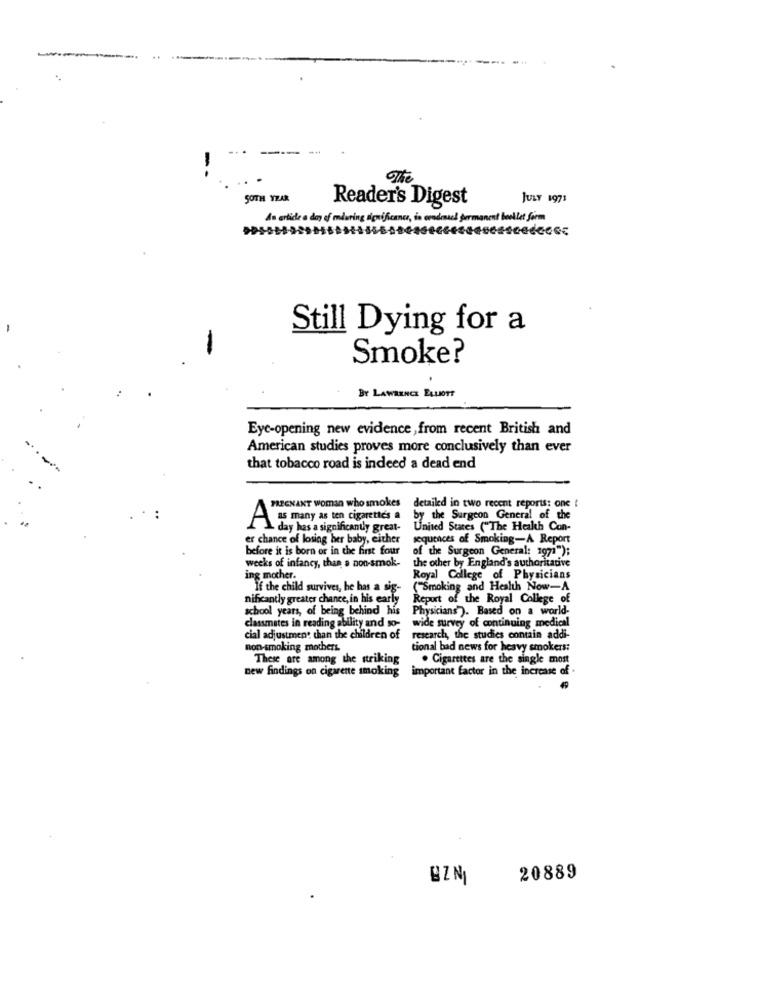
-
SOTH YEAR
Reader's Digest
JULY 1971
An article a den of miuring significance, in erodessel permanent booklet form
Still Dying for a
Smoke?
BY LAWRENCE ELLIOTT
Eye-opening new evidence , from recent British and
American studies proves more conclusively than ever
that tobacco road is indeed a dead end
PREGNANT woman who smokes
detailed in two recent reports: one
by the Surgeon General of the
As many as ten cigarettes a
- day has a significantly great-
United States ("The Health Con-
er chance of losing her baby, either
sequences of Smoking-A Report
before it is born or in the first four
of the Surgeon General: 1971");
the other by England's authoritative
weeks of infancy, than a non-smok-
ing mother.
Royal College of Physicians
If the child survives, he has a sig-
("Smoking and Health Now-A
nifxantly greater chance, in his early
Report of the Royal College of
school years, of being behind his
Physicians ). Based on a world-
classmates in reading ability and so-
wide survey of continuing medical
cial adjustment than the children of
research, the studies contain addi-
non-smoking mothers.
tional bad news for heavy smokers:
These are among the striking
. Cigarettes are the single most
important factor in the increase of .
new findings on cigarette smoking
BZN
20889